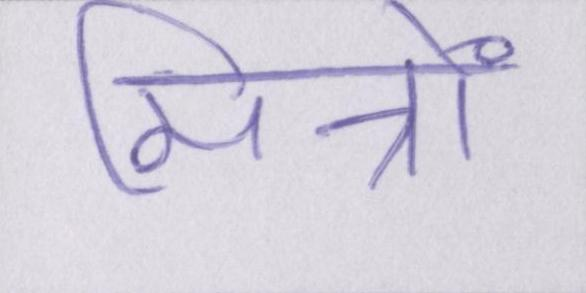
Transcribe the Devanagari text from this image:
मित्रों